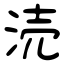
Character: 涜